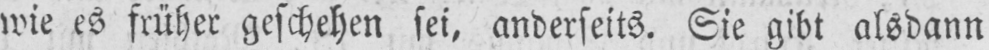
wie es früher geschehen sei, anderseits. Sie gibt alsdann